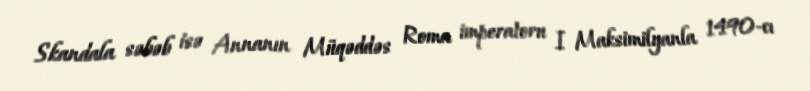
Skandala səbəb isə Annanın Müqəddəs Roma imperatoru I Maksimilyanla 1490-cı